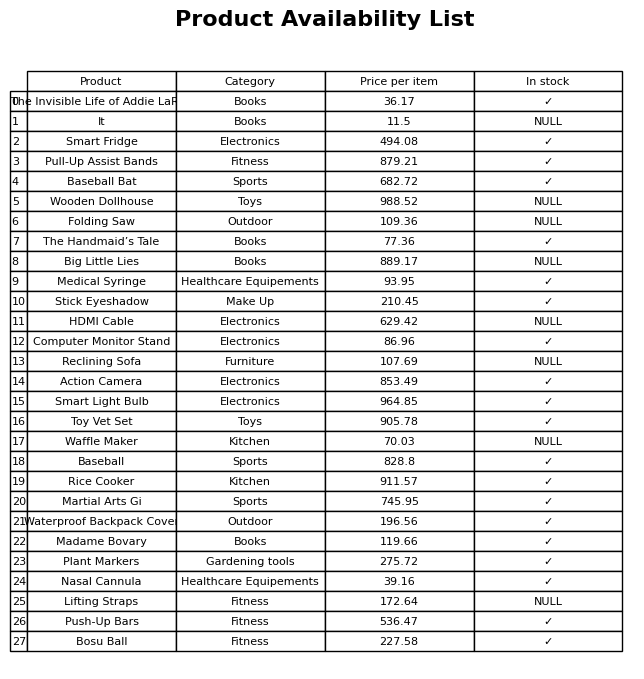
question: What is the price for Folding Saw?
answer: The price of Folding Saw is 109.36.